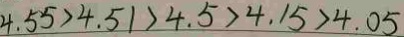
4 . 5 5 > 4 . 5 1 > 4 . 5 > 4 . 1 5 > 4 . 0 5